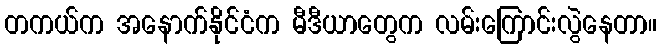
တကယ်က အနောက်နိုင်ငံက မီဒီယာတွေက လမ်းကြောင်းလွဲနေတာ။